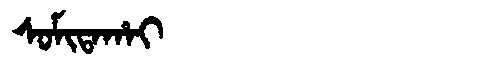
Manchu: ᠰᠣᠮᡳᡨᠠᡥᠠᡳ
Romanization: SOMITAHAI